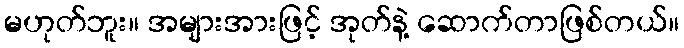
မဟုတ်ဘူး။ အများအားဖြင့် အုတ်နဲ့ ဆောက်တာဖြစ်တယ်။